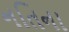
નતિના